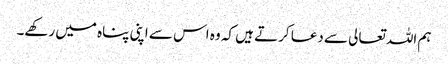
ہم اللہ تعالی سے دعا کرتے ہیں کہ وہ اس سے اپنی پناہ میں رکھے۔